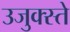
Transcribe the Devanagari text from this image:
उजुक्स्ते